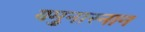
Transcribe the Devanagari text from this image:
यमुनास्नान